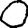
Digit: 0